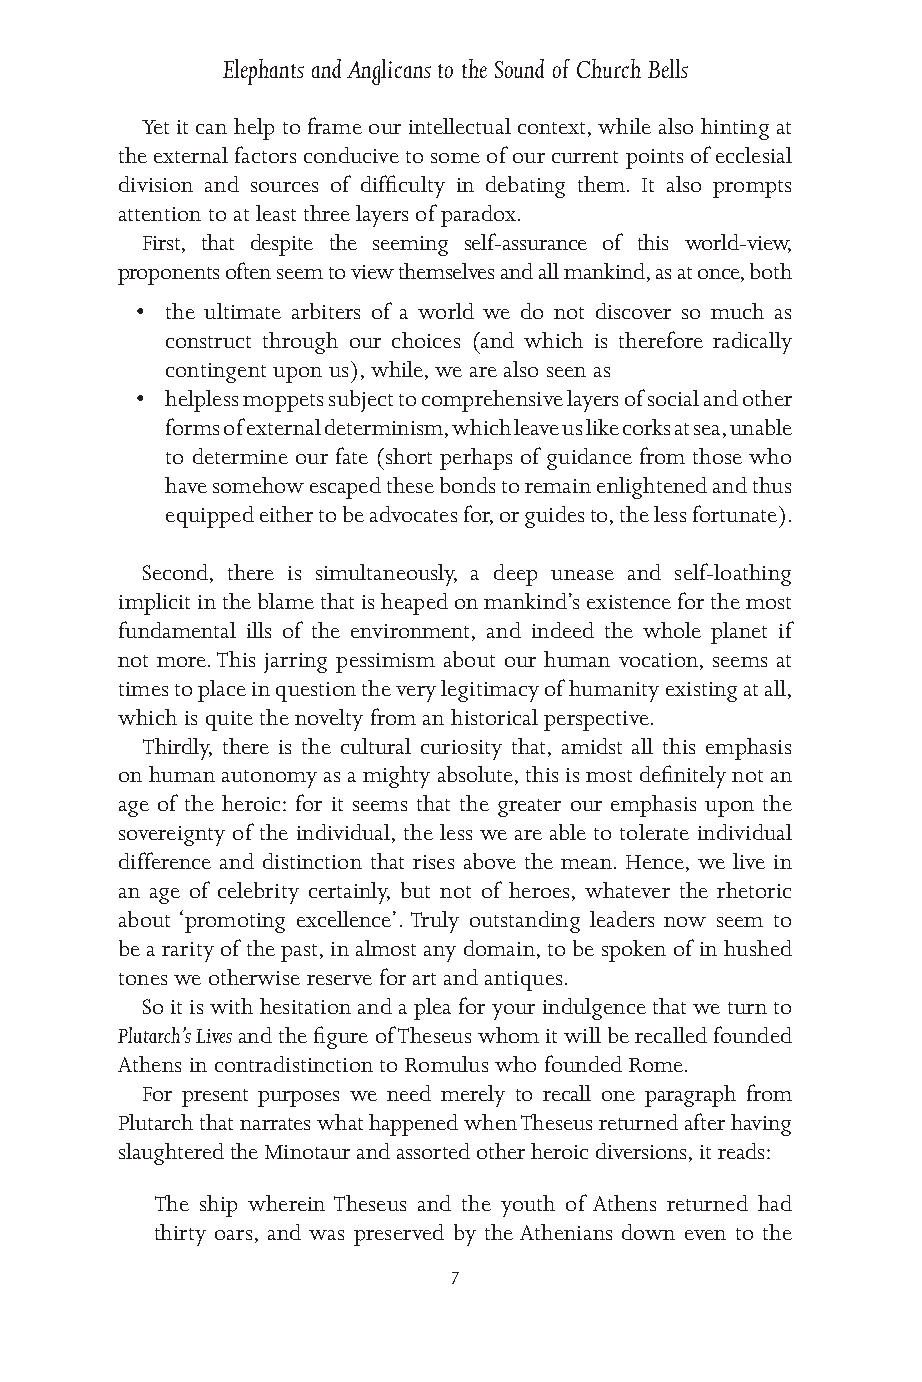
Elephants and Anglicans to the Sound of Church Bells
 Yet it can help to frame our intellectual context, while also hinting at
 the external factors conducive to some of our current points of ecclesial
 division and sources of difficulty in debating them. It also prompts
 attention to at least three layers of paradox.
 First, that despite the seeming self-assurance of this world-view,
 proponents often seem to view themselves and all mankind, as at once, both
 • the ultimate arbiters of a world we do not discover so much as
 construct through our choices (and which is therefore radically
 contingent upon us), while, we are also seen as
 • helpless moppets subject to comprehensive layers of social and other
 forms of external determinism, which leave us like corks at sea, unable
 to determine our fate (short perhaps of guidance from those who
 have somehow escaped these bonds to remain enlightened and thus
 equipped either to be advocates for, or guides to, the less fortunate).
 Second, there is simultaneously, a deep unease and self-loathing
 implicit in the blame that is heaped on mankind’s existence for the most
 fundamental ills of the environment, and indeed the whole planet if
 not more. This jarring pessimism about our human vocation, seems at
 times to place in question the very legitimacy of humanity existing at all,
 which is quite the novelty from an historical perspective.
 Thirdly, there is the cultural curiosity that, amidst all this emphasis
 on human autonomy as a mighty absolute, this is most definitely not an
 age of the heroic: for it seems that the greater our emphasis upon the
 sovereignty of the individual, the less we are able to tolerate individual
 difference and distinction that rises above the mean. Hence, we live in
 an age of celebrity certainly, but not of heroes, whatever the rhetoric
 about ‘promoting excellence’. Truly outstanding leaders now seem to
 be a rarity of the past, in almost any domain, to be spoken of in hushed
 tones we otherwise reserve for art and antiques.
 So it is with hesitation and a plea for your indulgence that we turn to
 Plutarch’s Lives and the figure of Theseus whom it will be recalled founded
 Athens in contradistinction to Romulus who founded Rome.
 For present purposes we need merely to recall one paragraph from
 Plutarch that narrates what happened when Theseus returned after having
 slaughtered the Minotaur and assorted other heroic diversions, it reads:
 The ship wherein Theseus and the youth of Athens returned had
 thirty oars, and was preserved by the Athenians down even to the
 7